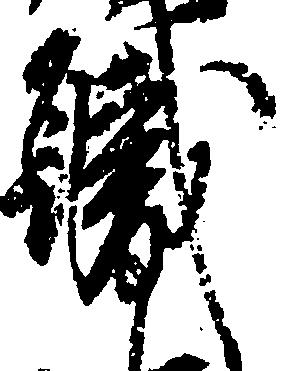
職